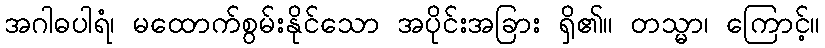
အဂါဓပါရံ၊ မထောက်စွမ်းနိုင်သော အပိုင်းအခြား ရှိ၏။ တသ္မာ၊ ကြောင့်။